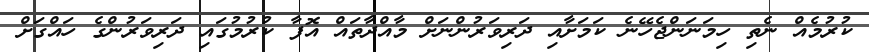
ކުރުމެއް ނެތި ހިމަނަންޖެހޭނެ ކަމަށާއި ދަރިވަރުންނަށް މާއްދާތައް އޮފާ ކުރުމުގައި ދަރިވަރުންގެ ހައްގަށް